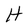
Character: H